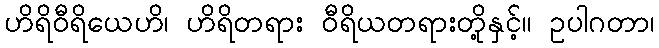
ဟိရိဝီရိယေဟိ၊ ဟိရိတရား ဝီရိယတရားတို့နှင့်။ ဥပါဂတာ၊